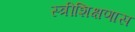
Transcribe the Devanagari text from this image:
स्त्रीशिक्षणास